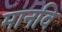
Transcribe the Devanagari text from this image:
मानवि